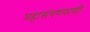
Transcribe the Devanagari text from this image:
महासंगणकाशी